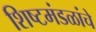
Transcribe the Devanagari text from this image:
शिष्टमंडळांचे